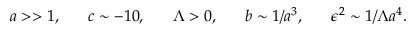
a > > 1 , ~ ~ ~ ~ ~ c \sim - 1 0 , ~ ~ ~ ~ ~ \Lambda > 0 , ~ ~ ~ ~ ~ b \sim 1 / a ^ { 3 } , ~ ~ ~ ~ ~ \epsilon ^ { 2 } \sim 1 / \Lambda a ^ { 4 } .